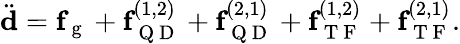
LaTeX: \ddot{\textbf{d}}=\textbf{f}_{\mathrm{~g~}}+\textbf{f}_{\mathrm{~Q~D~}}^{(1,2)}+\textbf{f}_{\mathrm{~Q~D~}}^{(2,1)}+\textbf{f}_{\mathrm{~T~F~}}^{(1,2)}+\textbf{f}_{\mathrm{~T~F~}}^{(2,1)}.